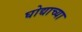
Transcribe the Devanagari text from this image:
घोद्याच्या